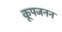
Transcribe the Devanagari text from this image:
कूपजनन